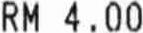
RM 4.00